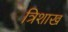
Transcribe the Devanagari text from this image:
त्रिशाख